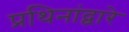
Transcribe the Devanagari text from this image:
प्रथिनांद्वारे